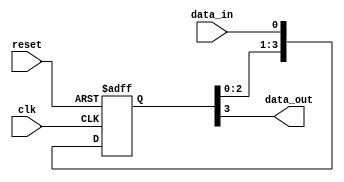
module SISO_shift_register (
  input wire clk,
  input wire reset,
  input wire data_in,
  output reg data_out
);

reg [3:0] shift_reg;

always @ (posedge clk or posedge reset) begin
  if (reset) begin
    shift_reg <= 4'b0000;
  end else begin
    shift_reg <= {shift_reg[2:0], data_in};
  end
end

assign data_out = shift_reg[3];

endmodule